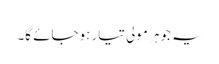
یہ جوہر مولی تیار ہوجائے گا۔